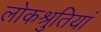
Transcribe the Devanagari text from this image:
लोकश्रुतियां